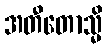
အတီတောသ္မိ